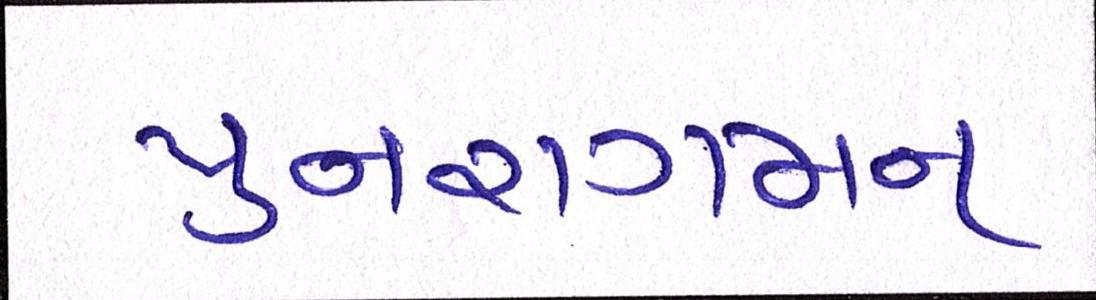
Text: પુનરાગમન